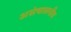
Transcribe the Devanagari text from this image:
असंचालनीय